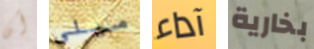
أن ميلي آداء بخارية